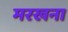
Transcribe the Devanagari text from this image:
मरखना